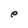
Character: e